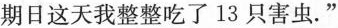
期日这天我整整吃了13只害虫.”